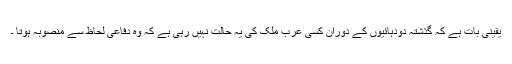
یقینی بات ہے کہ گذشتہ دودہائیوں کے دوران کسی عرب ملک کی یہ حالت نہیں رہی ہے کہ وہ دفاعی لحاظ سے منصوبہ ہوتا ۔